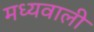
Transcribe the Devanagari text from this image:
मध्यवाली